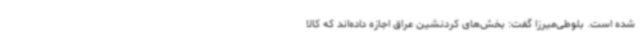
شده است. بلوطی‌میرزا گفت: بخش‌های کردنشین عراق اجازه داده‌اند که کالا